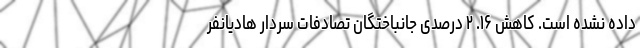
داده نشده است. کاهش ۱۶. ۲ درصدی جانباختگان تصادفات سردار هادیانفر